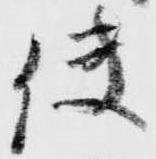
使